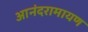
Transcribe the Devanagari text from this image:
आनंदरामायण